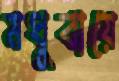
মধুবায়ে